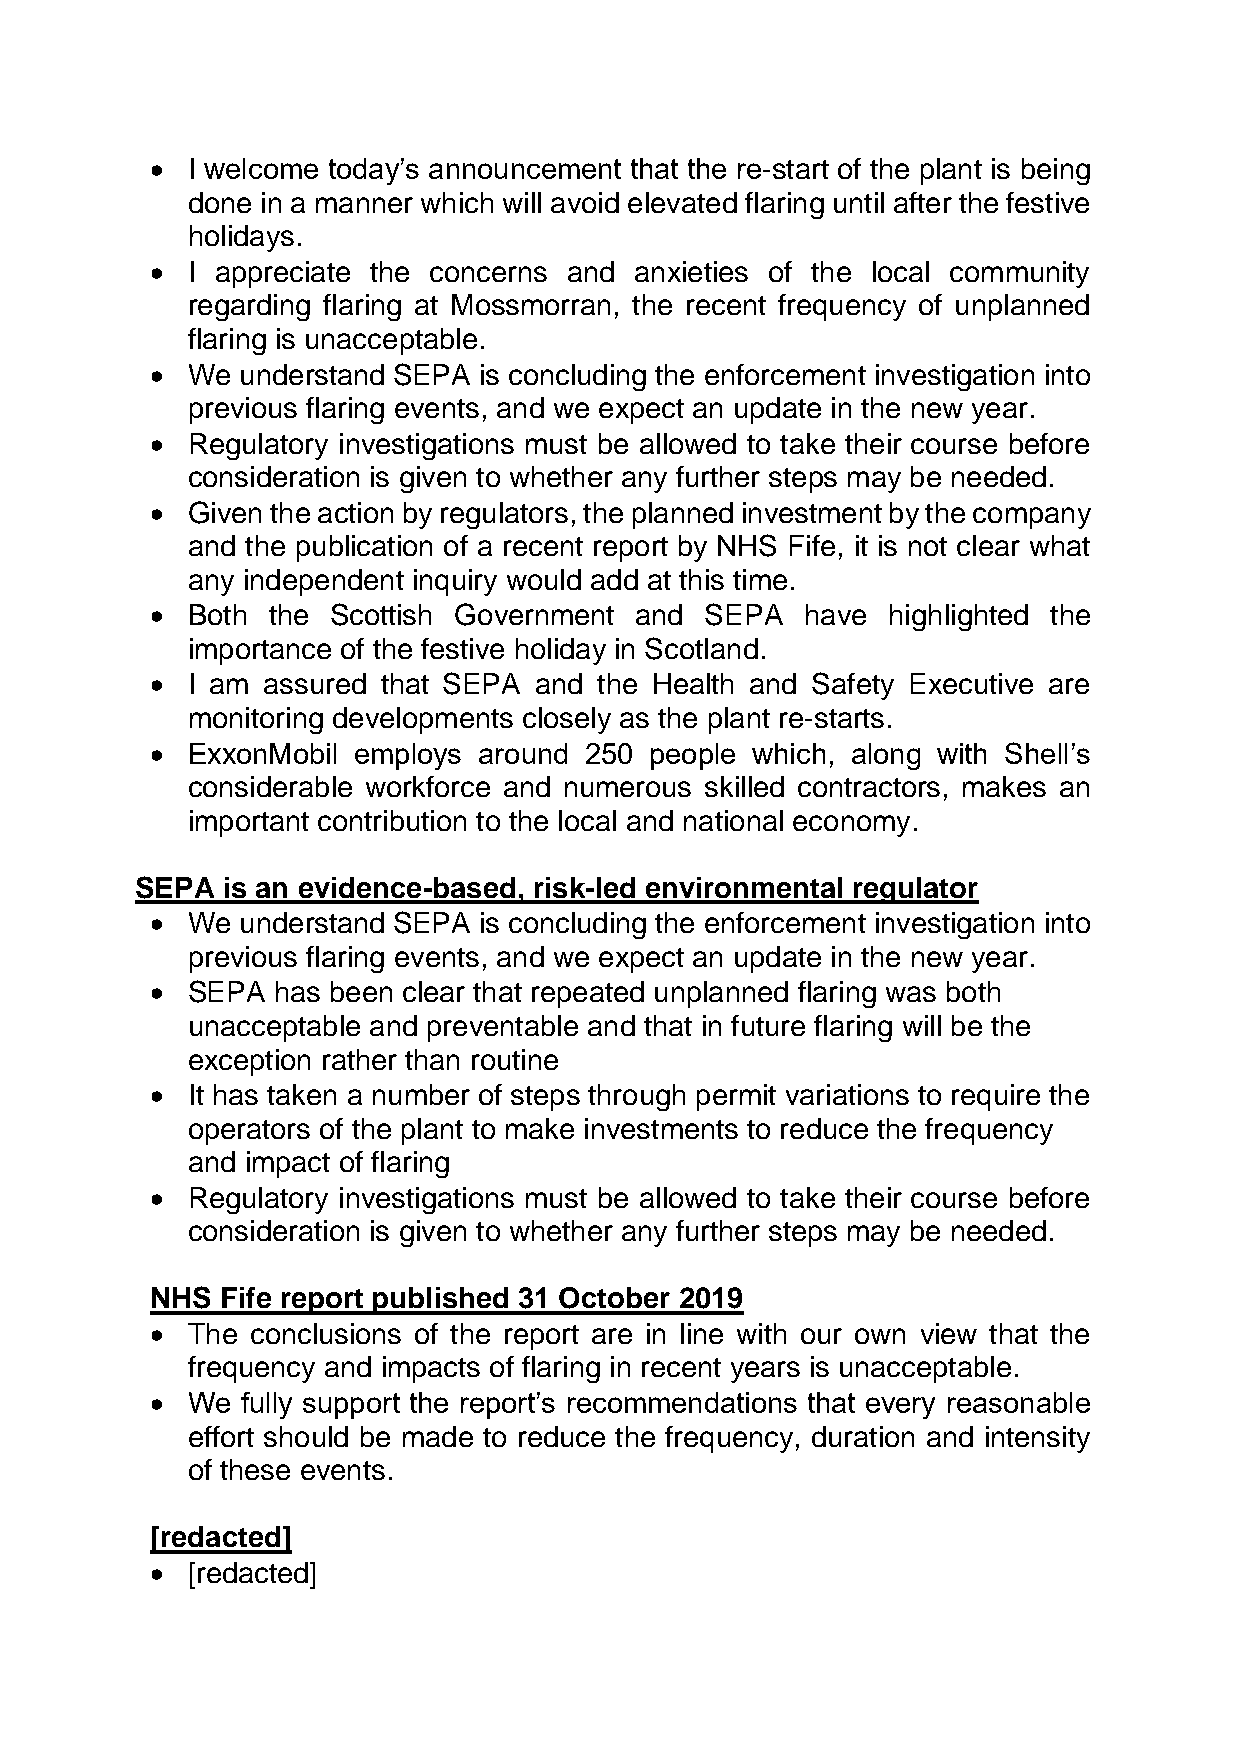
 I welcome today’s announcement that the re-start of the plant is being
 done in a manner which will avoid elevated flaring until after the festive
 holidays.
  I appreciate the concerns and anxieties of the local community
 regarding flaring at Mossmorran, the recent frequency of unplanned
 flaring is unacceptable.
  We  understand SEPA is concluding the enforcement investigation into
 previous flaring events, and we expect an update in the new year.
  Regulatory investigations must be allowed to take their course before
 consideration is given to whether any further steps may be needed.
  Given the action by regulators, the planned investment by the company
 and the publication of a recent report by NHS Fife, it is not clear what
 any independent inquiry would add at this time.
  Both  the Scottish Government and  SEPA  have  highlighted the
 importance of the festive holiday in Scotland.
  I am assured that SEPA and  the Health and Safety Executive are
 monitoring developments closely as the plant re-starts.
  ExxonMobil employs  around 250 people which, along with Shell’s
 considerable workforce and numerous skilled contractors, makes an
 important contribution to the local and national economy.
 SEPA  is an evidence-based, risk-led environmental regulator
  We  understand SEPA is concluding the enforcement investigation into
 previous flaring events, and we expect an update in the new year.
  SEPA  has been clear that repeated unplanned flaring was both
 unacceptable and preventable and that in future flaring will be the
 exception rather than routine
  It has taken a number of steps through permit variations to require the
 operators of the plant to make investments to reduce the frequency
 and impact of flaring
  Regulatory investigations must be allowed to take their course before
 consideration is given to whether any further steps may be needed.
 NHS  Fife report published 31 October 2019
  The  conclusions of the report are in line with our own view that the
 frequency and impacts of flaring in recent years is unacceptable.
  We  fully support the report’s recommendations that every reasonable
 effort should be made to reduce the frequency, duration and intensity
 of these events.
 [redacted]
  [redacted]